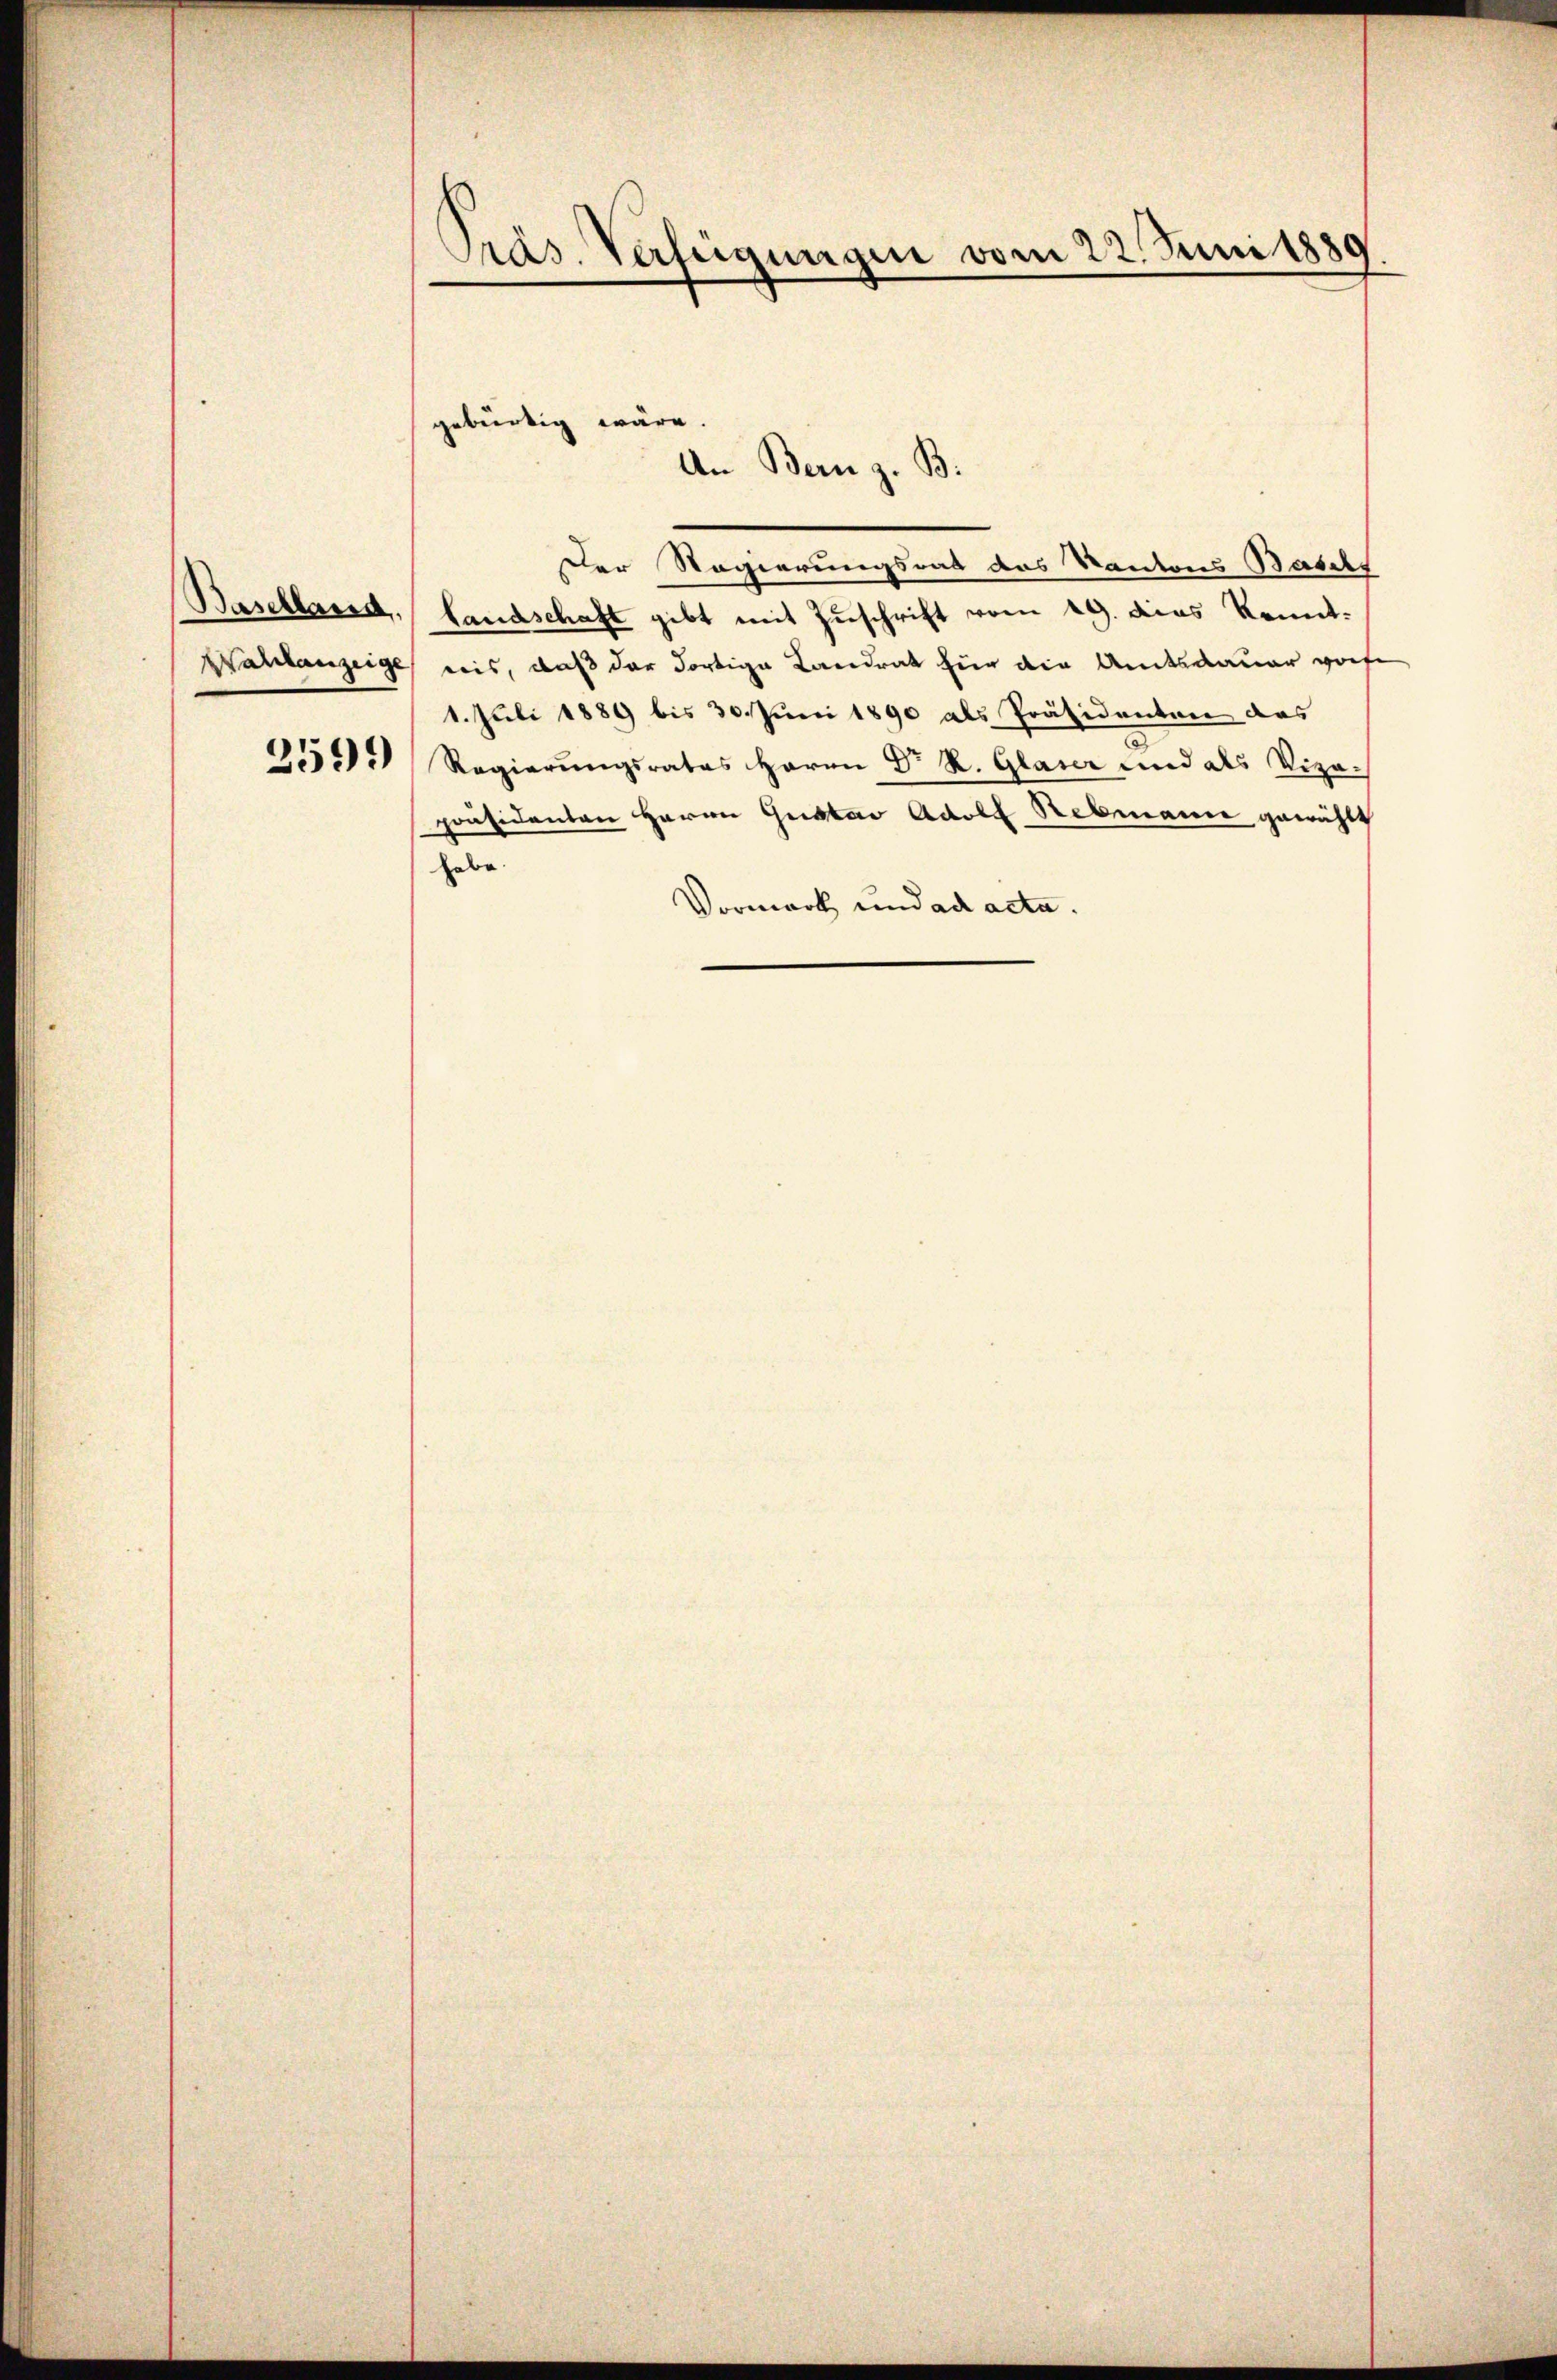
Präs. Verfügungen vom 22. Juni 1889

gebürtig wäre.
An Bern z. B.

Der Regierungsrat des Kantons Badis
Baselland, Landschaft gibt mit Zuschrift vom 19. das Kennt¬
Wahlanzeige, ris, daß der dortige Landrat für die Amtsdauer grofe
1. Juli 1889 bis 30. Juni 1890 als Präsidenten das
2550. Regierŭngsrates Herrn Dr. R. Glaser und als Vize-
präsidenten Herrn Gustav Adolf Rebmann gewählt
habe.
Vormark und ad acta.